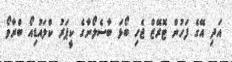
އަދި އޭގެ ފަހުން ޓޮރޭޒް ޖެހި ބޯޅަ ބާސެލޯނާގެ ކީޕަރު ކްލައުޑިއޯ ބްރާވޯ